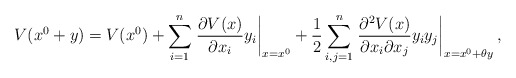
\begin{align*}V(x^0+y)=V(x^0)+\sum_{i=1}^n\left.\frac{\partial V(x)}{\partial x_i}y_i\right|_{x=x^0} +\frac{1}{2}\sum_{i,j=1}^n\left.\frac{\partial^2 V(x)}{\partial x_i\partial x_j}y_iy_j\right|_{x=x^0+\theta y},\end{align*}